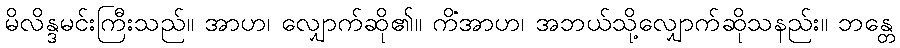
မိလိန္ဒမင်းကြီးသည်။ အာဟ၊ လျှောက်ဆို၏။ ကိံအာဟ၊ အဘယ်သို့လျှောက်ဆိုသနည်း။ ဘန္တေ